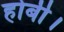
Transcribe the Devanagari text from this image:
होबी।